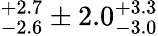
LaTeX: ^{+2.7}_{-2.6}\pm 2.0_{-3.0}^{+3.3}